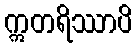
ဣတရိဿာပိ